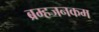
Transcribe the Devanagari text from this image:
ब्रम्हजनकम